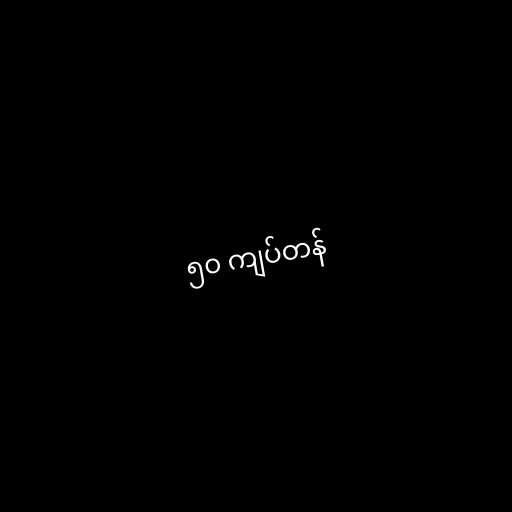
၅၀ ကျပ်တန်